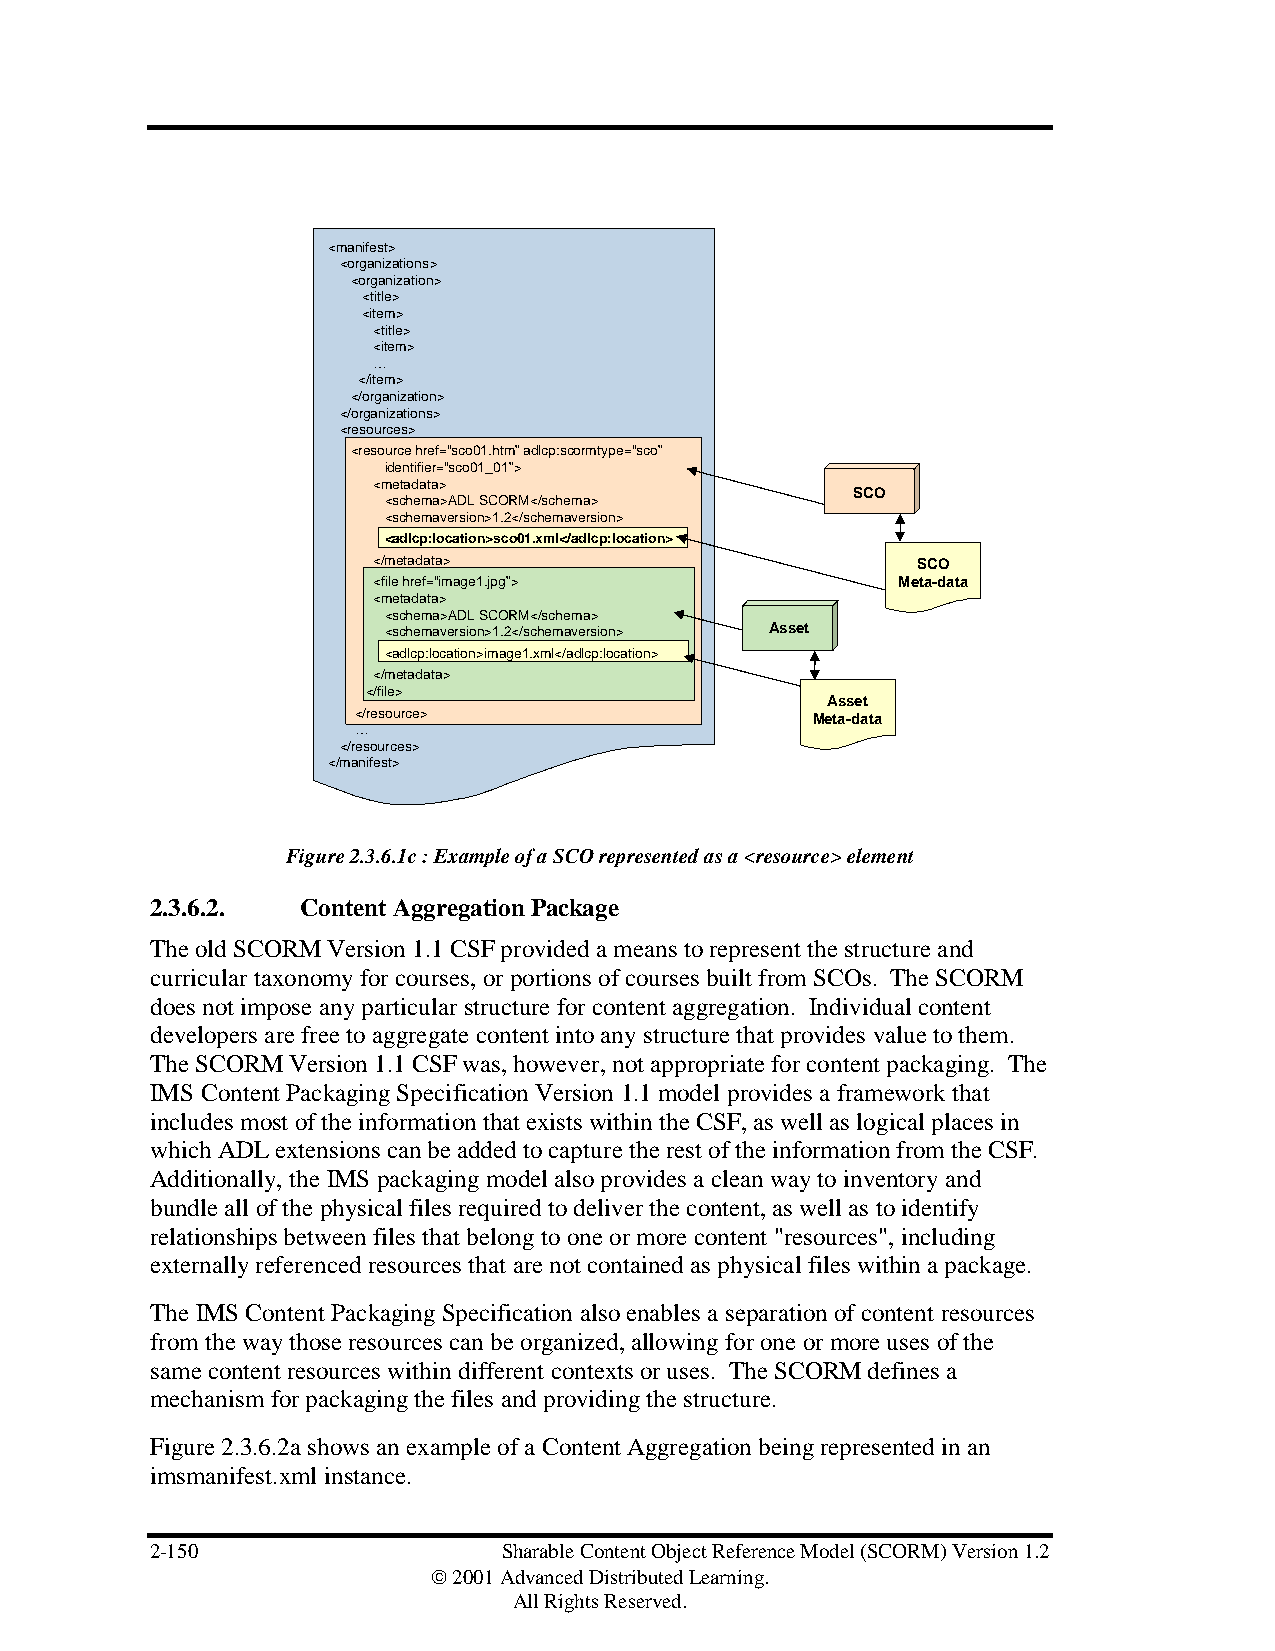
<manifest>
 <organizations>
 <organization>
 <title>
 <item>
 <title>
 <item>
 …
 </item>
 </organization>
 </organizations>
 <resources>
 <resource href=“sco01.htm”adlcp:scormtype=“sco”
 identifier=“sco01_01”>
 <metadata>
 SCO
 <schema>ADL SCORM</schema>
 <schemaversion>1.2</schemaversion>
 <adlcp:location>sco01.xml</adlcp:location>
 </metadata>                         SCO
 <file href=“image1.jpg”>          Meta-data
 <metadata>
 <schema>ADL SCORM</schema>
 <schemaversion>1.2</schemaversion> Asset
 <adlcp:location>image1.xml</adlcp:location>
 </metadata>
 </file>
 Asset
 </resource>                    Meta-data
 …
 </resources>
 </manifest>
 Figure 2.3.6.1c : Example of a SCO represented as a <resource> element
 2.3.6.2.  Content Aggregation Package
 The old SCORM Version 1.1 CSF provided a means to represent the structure and
 curricular taxonomy for courses, or portions of courses built from SCOs. The SCORM
 does not impose any particular structure for content aggregation. Individual content
 developers are free to aggregate content into any structure that provides value to them.
 The SCORM Version 1.1 CSF was, however, not appropriate for content packaging. The
 IMS Content Packaging Specification Version 1.1 model provides a framework that
 includes most of the information that exists within the CSF, as well as logical places in
 which ADL extensions can be added to capture the rest of the information from the CSF.
 Additionally, the IMS packaging model also provides a clean way to inventory and
 bundle all of the physical files required to deliver the content, as well as to identify
 relationships between files that belong to one or more content "resources", including
 externally referenced resources that are not contained as physical files within a package.
 The IMS Content Packaging Specification also enables a separation of content resources
 from the way those resources can be organized, allowing for one or more uses of the
 same content resources within different contexts or uses. The SCORM defines a
 mechanism for packaging the files and providing the structure.
 Figure 2.3.6.2a shows an example of a Content Aggregation being represented in an
 imsmanifest.xml instance.
 2-150                  Sharable Content Object Reference Model (SCORM) Version 1.2
  2001 Advanced Distributed Learning.
 All Rights Reserved.